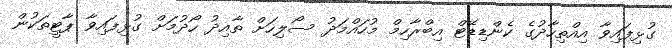
ގުޅިފައިވާ އިއްތިހާދުގެ ކެންޑިޑޭޓް އިބްރާހިމް މުހައްމަދު ސޯލިހަށް ތާއިދު ހޯދުމަށް ގުޅިފައިވާ ޕާޓީތަކުން